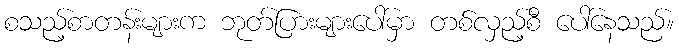
စသည့်စာတန်းများက ဘုတ်ပြားများပေါ်မှာ တစ်လှည့်စီ ပေါ်နေသည်။